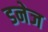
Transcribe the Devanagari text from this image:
डनेज